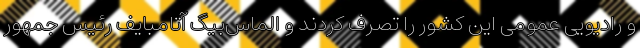
و رادیویی عمومی این کشور را تصرف کردند و الماس‌بیگ آتامبایف رئیس جمهور